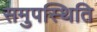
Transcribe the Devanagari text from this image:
समुपस्थिति